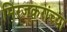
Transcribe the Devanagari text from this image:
मिरजकरांच्या